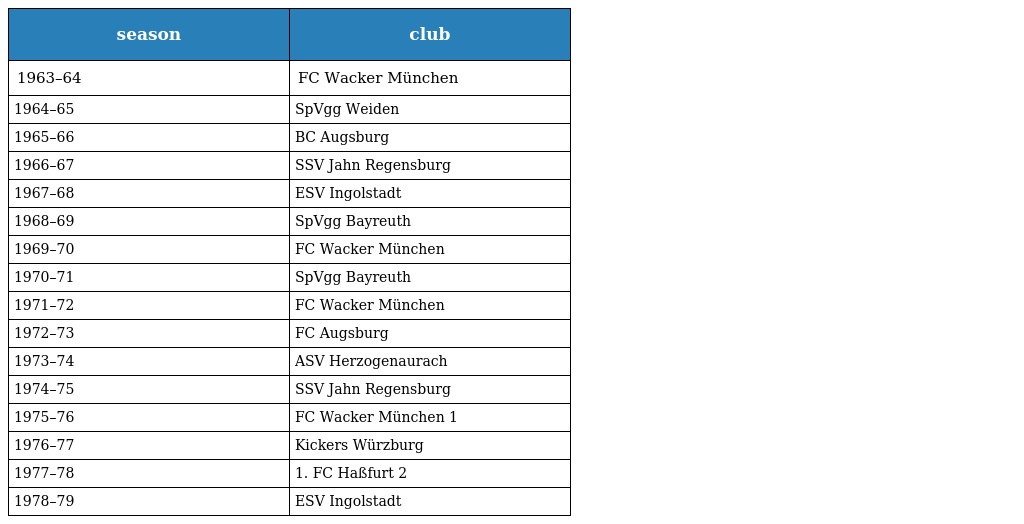
| season | club |
 | --- | --- |
 | 1963–64 | FC Wacker München |
 | 1964–65 | SpVgg Weiden |
 | 1965–66 | BC Augsburg |
 | 1966–67 | SSV Jahn Regensburg |
 | 1967–68 | ESV Ingolstadt |
 | 1968–69 | SpVgg Bayreuth |
 | 1969–70 | FC Wacker München |
 | 1970–71 | SpVgg Bayreuth |
 | 1971–72 | FC Wacker München |
 | 1972–73 | FC Augsburg |
 | 1973–74 | ASV Herzogenaurach |
 | 1974–75 | SSV Jahn Regensburg |
 | 1975–76 | FC Wacker München 1 |
 | 1976–77 | Kickers Würzburg |
 | 1977–78 | 1. FC Haßfurt 2 |
 | 1978–79 | ESV Ingolstadt |